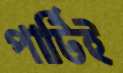
পার্টিই